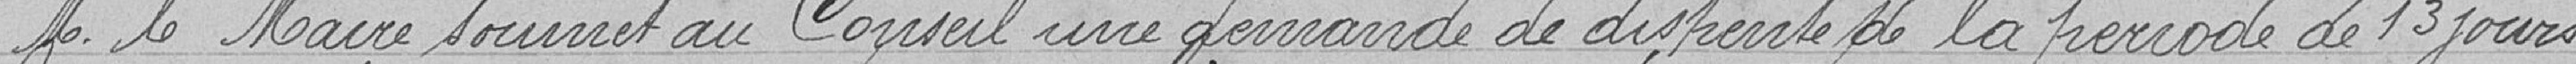
M. le Maire soumet au Conseil une demande de dispense de la période de 13 jours